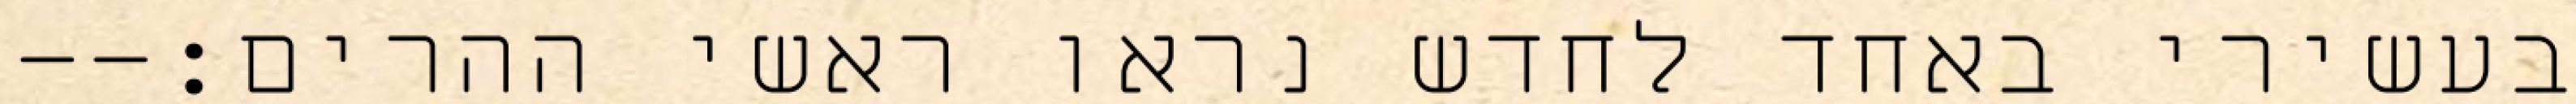
בעשירי באחד לחדש נראו ראשי ההרים׃--